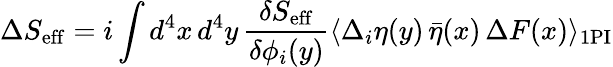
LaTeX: \Delta S_{\mathrm{eff}}=i\int d^{4}x\, d^{4}y\, \frac{\delta S_{\mathrm{eff}}}{\delta\phi_{i}(y)}\langle\Delta_{i}\eta(y)\, \bar{\eta}(x)\, \Delta F(x)\rangle_{\mathrm{1PI}}